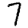
Digit: 7